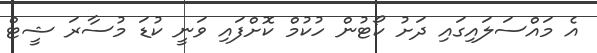
އެ މައްސަލައިގައި ދަށު ކޯޓުން ހުކުމް ކޮށްފައި ވަނީ ކުޑަ މުސާރަ ޝީޓް